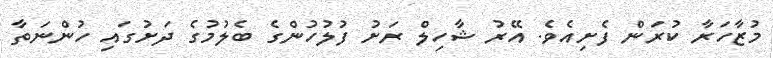
މުޒާހަރާ ކުރަން ފެށިއެވެ. އޭރު ޝާހިލް ރަށު ފުލުހުންގެ ބެލުމުގެ ދަށުގައި ހުންނަތާ